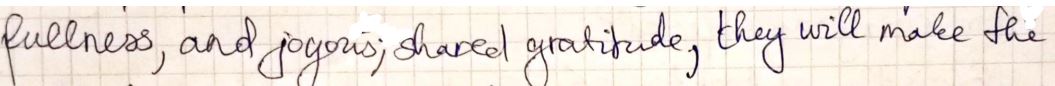
fullness, and joyous ; shared gratitude, they will make the